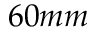
6 0 m m